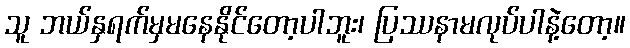
သူ ဘယ်နှရက်မှမနေနိုင်တော့ပါဘူး၊ ပြဿနာမလုပ်ပါနဲ့တော့။